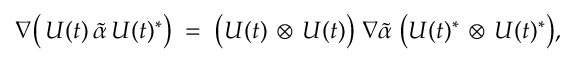
\nabla \bigl ( \, U ( t ) \, \tilde { \alpha } \, U ( t ) ^ { * } \bigr ) \; = \; \bigl ( U ( t ) \, \otimes \, U ( t ) \bigr ) \; \nabla \tilde { \alpha } \; \bigl ( U ( t ) ^ { * } \, \otimes \, U ( t ) ^ { * } \bigr ) ,